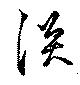
淡